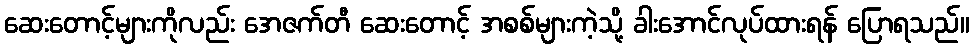
ဆေးတောင့်များကိုလည်း အေဇက်တီ ဆေးတောင့် အစစ်များကဲ့သို့ ခါးအောင်လုပ်ထားရန် ပြောရသည်။